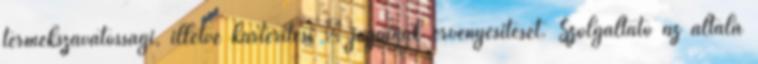
termékszavatossági, illetve kártérítési – jogainak érvényesítését. Szolgáltató az általa